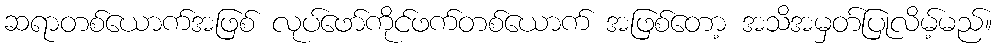
ဆရာတစ်ယောက်အဖြစ် လုပ်ဖော်ကိုင်ဖက်တစ်ယောက် အဖြစ်တော့ အသိအမှတ်ပြုလိမ့်မည်။